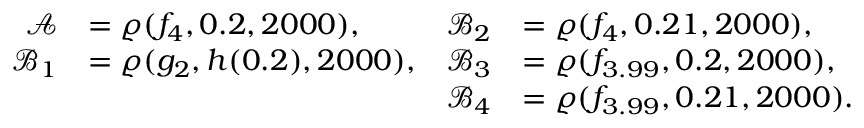
\begin{array} { r l r l } { \mathcal { A } } & { = \varrho ( f _ { 4 } , 0 . 2 , 2 0 0 0 ) , } & { \mathcal { B } _ { 2 } } & { = \varrho ( f _ { 4 } , 0 . 2 1 , 2 0 0 0 ) , } \\ { \mathcal { B } _ { 1 } } & { = \varrho ( g _ { 2 } , h ( 0 . 2 ) , 2 0 0 0 ) , } & { \mathcal { B } _ { 3 } } & { = \varrho ( f _ { 3 . 9 9 } , 0 . 2 , 2 0 0 0 ) , } \\ & { } & { \mathcal { B } _ { 4 } } & { = \varrho ( f _ { 3 . 9 9 } , 0 . 2 1 , 2 0 0 0 ) . } \end{array}